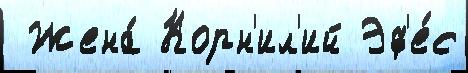
 Жена́ Корн'ил'ий Эф'е́с